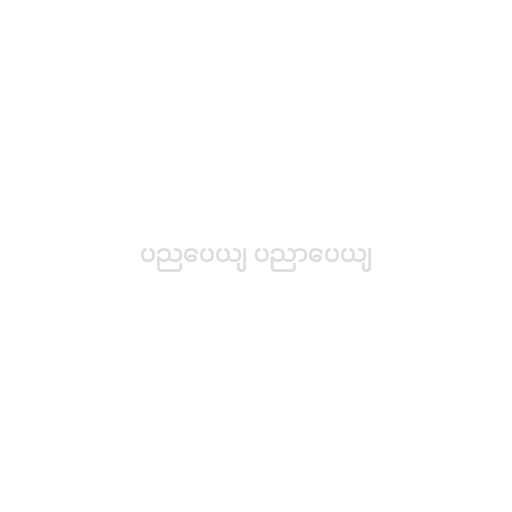
ပညပေယျ ပညာပေယျ